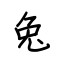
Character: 兔